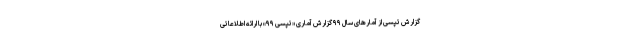
گزارش تپسی از آمارهای سال ۹۹ گزارش آماری «تپسی ۹۹» با ارائه اطلاعاتی